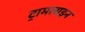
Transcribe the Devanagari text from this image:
ट्रामलाइन